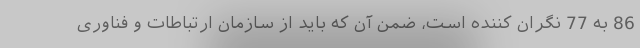
86 به 77 نگران کننده است، ضمن آن که باید از سازمان ارتباطات و فناوری